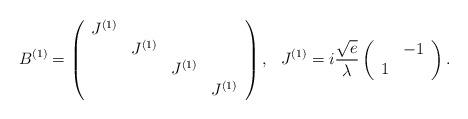
LaTeX: \begin{align*}B^{(1)}=\left( \begin{array}{cccc} J^{(1)} & & & \\ & J^{(1)} & & \\ & & J^{(1)} & \\ & & & J^{(1)} \end{array}\right) ,\makebox[3mm]{}J^{(1)}=i\frac{\sqrt{e}}{\lambda}\left( \begin{array}{cc} & -1 \\ 1 & \end{array}\right) .\end{align*}